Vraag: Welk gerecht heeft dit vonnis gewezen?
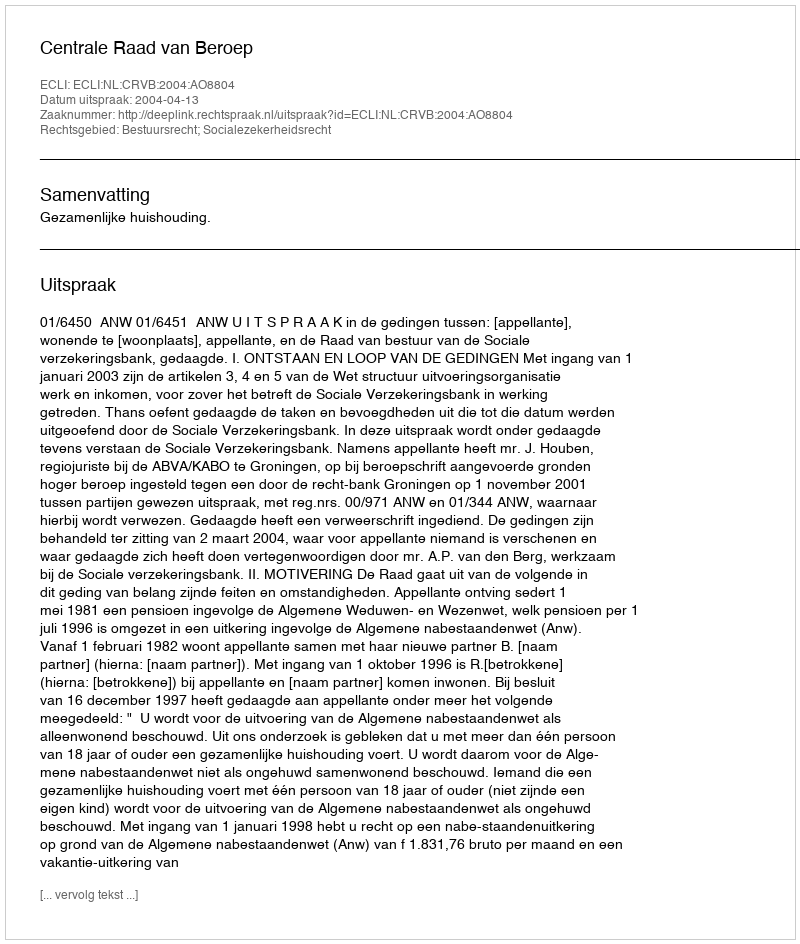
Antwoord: Centrale Raad van Beroep